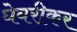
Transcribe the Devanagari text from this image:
घेवरीकर